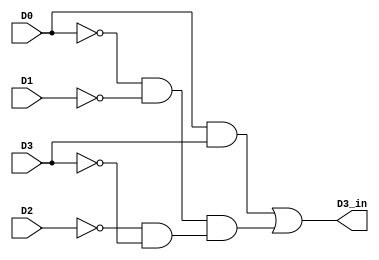
module D3_IN (D0, D1, D2, D3, D3_in);

input D0, D1, D2, D3;

output D3_in;

wire and1, and2, and3, and4, or1;

and(and1, D0, D3);

and(and2, !D0, !D1);

and(and3, !D2, !D3);

and(and4, and2, and3);

or(D3_in, and1, and4);

endmodule